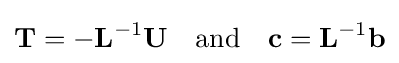
\mathbf {T} =-\mathbf {L} ^{-1}\mathbf {U} \quad {\text{and}}\quad \mathbf {c} =\mathbf {L} ^{-1}\mathbf {b}